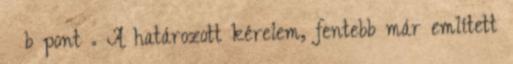
§ b pont . A határozott kérelem, fentebb már említett